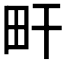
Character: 𤰟